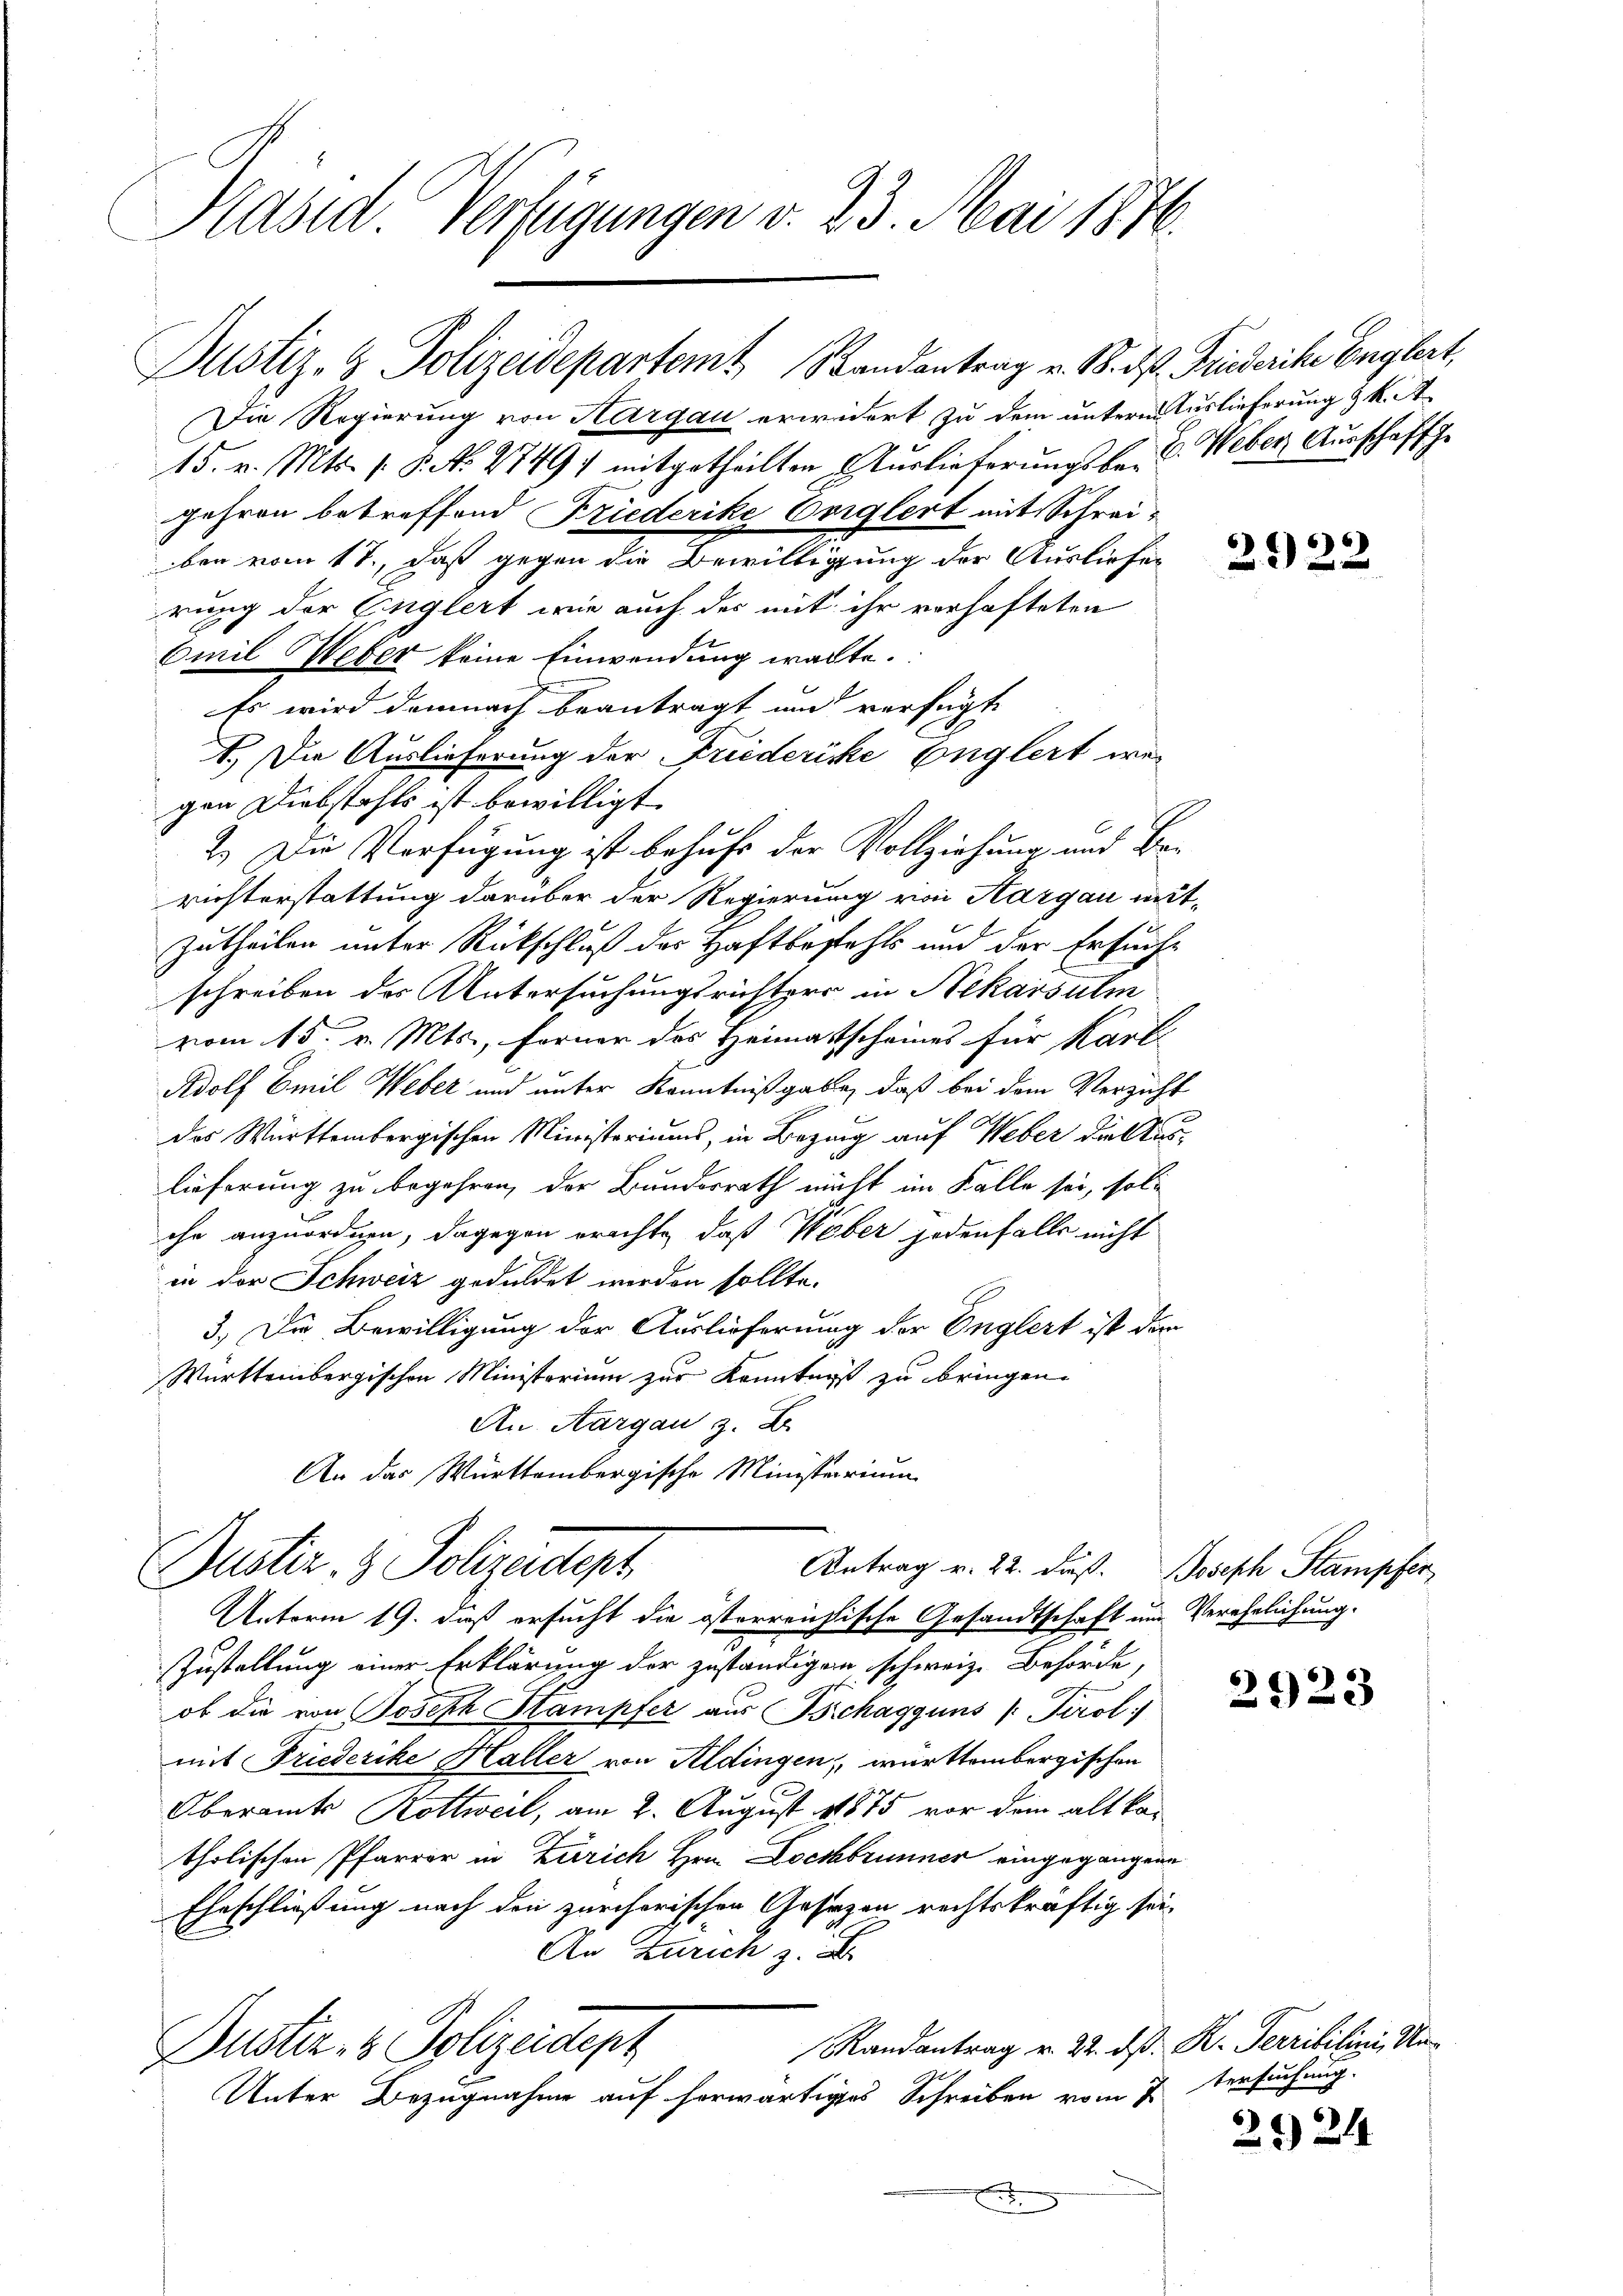
Präsid. Verfügungen v. 23. Mai 1876.

Justiz- & Polizeidepartem Randantrag v. 18. ds. Friederike Englert,

Die Regierung von Aargau erwidert zu dem untern Auslieferung & k. A¬
15. v. Mts. 1. P. No. 2749) mitgetheilten Auslieferungsbe- C. Weber Ausschaft ge
gehren betreffend Friederike Verglert mit Schreiben vom 17., daß gegen die Bewilligung der Ausliefen und
rung der Englert wie auch der mit ihr verhafteten
Emil Weber keine Einwendung walte.
Es wird demnach beantragt und verfügt
1.) Die Auslieferung der Freideriche Englert wegen Diebstahls ist bewilligt.
2.) Die Verfügung ist behufe der Vollziehung und Ber
richterstattung darüber der Regierung von Aargau mit¬
Zutheilen unter Rückschluß des Haftbestehts und der Ersuchschreiben des Untersuchungsrichters in Nekarsulin
vom 15. v. Mts., ferner des Heimatscheines für Karle
Adolf Emil Weber und unter Kenntnißgabe, daß bei dem Verzicht
des Württembergischen Ministeriums, in Bezug auf Weber die Auslieferung zu begehren, der Bundesrath nicht im Kalle sei, solche anzuordnen, dagegen erachte, daß Weber jedenfalls nicht
in der Schweiz geduldet werden sollte.
3.) Die Bewilligung der Auslieferung der Englert ist der
Württembergischen Ministerium zur Kenntniß zu bringen.
An Aargau, z. B.
An das Württembergische Ministerium

Dustiz- & Polizeitert
Antrag v. 22. dieß. Joseph Stampfer

Unterm 19. daß ersucht die österreichische Gesandtschaft um Verehelichung.
Zustellung einer Erklärung der zuständigen, schweiz. Behörde,
ob die von Joseph Stampfer aus Bchagguns /: Tirol
mit Friederike Haller von Aldingen, württembergischen
Oberamts Rottweil, am 2. August 18875 vor dem altkatholischen Pfarrer in Zürich Hrn. Lochbrunner eingegangene
Eheschließung nach den zürcherischen Gesezen rechtskräftig sei¬
An Zürich z. d
Randantrag v. 22. d. R. Terribilini, Un¬
Dustiz- & Polizeidept
Unter Bezugnahme auf herwärtiges Schreiben vom 7.
.

2923

tersuchung.

23 24